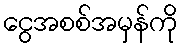
ငွေအစစ်အမှန်ကို